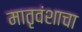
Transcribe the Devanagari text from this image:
मातृवंशाचा